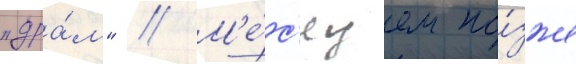
"дра́м" // М'е́с'яцем по́зже